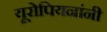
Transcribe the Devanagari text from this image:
यूरोपियनांनी